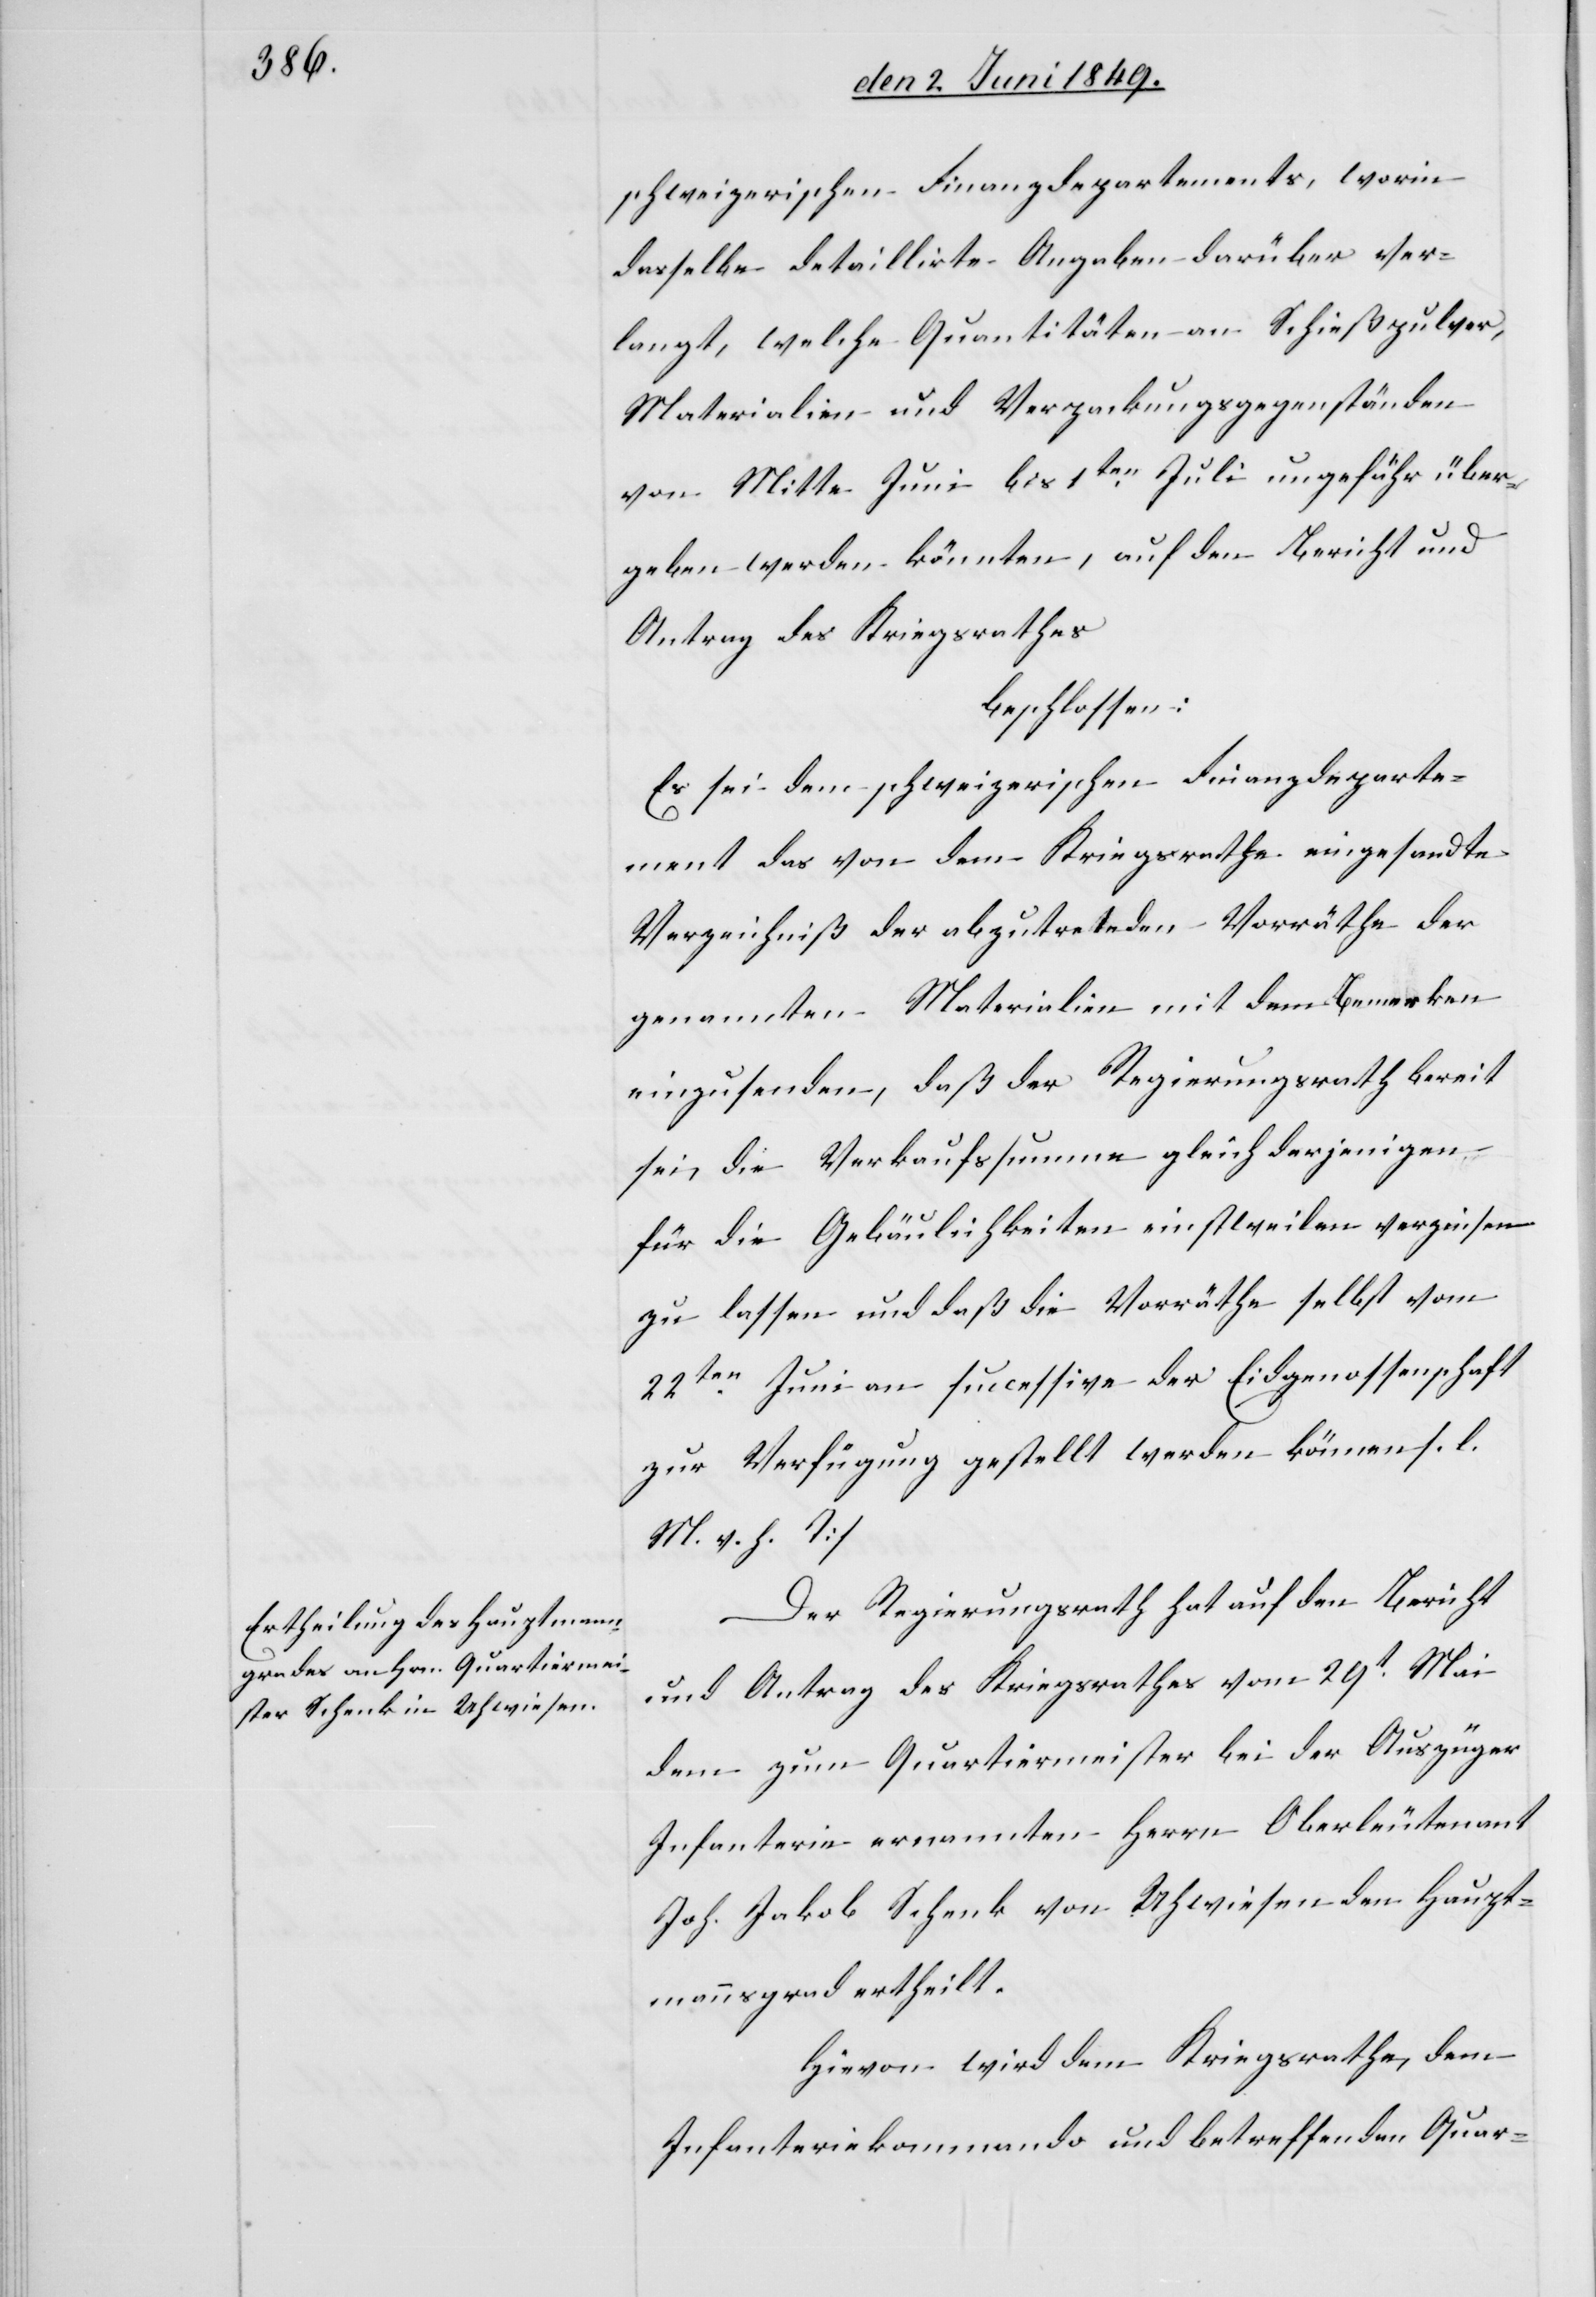
schweizerischen Finanzdepartements, worin
dasselbe detaillirte Angaben darüber ver¬
langt, welche Quantitäten an Schießpulver,
Materialien und Verzackungsgegenständen
von Mitte Juni bis 1ten Juli ungefähr über¬
geben werden könnten, auf den Bericht und
Antrag des Kriegsrathes
beschlossen:
Es sei dem schweizerischen Finanzdeparte¬
ment das von dem Kriegsrathe eingesandte
Verzeichniß der abzutretenden Vorräthe der
genannten Materialien mit dem Bemerken
einzusenden, daß der Regierungsrath bereit
sei, die Verkaufssumme gleich derjenigen
für die Gebäulichkeiten einstweilen verzinsen
zu lassen und das die Vorräthe selbst vom
22ten Juni an successive der Eidgenossenschaft
zur Verfügung gestellt werden können []s.
l. M. h. T][.]
Der Regierungsrath hat auf den Bericht
und Antrag des Kriegsrathes vom 29t Mai
dem zum Quartiermeister bei der Auszüge¬
r-Infanterie ernannten Herrn Oberlieutenant
Joh. Jakob Schenk von Uhwiesen den Haupt¬
mannsgrad ertheilt.
Hievon wird dem Kriegsrathe, dem
Infanteriekommando und betreffenden Quar-